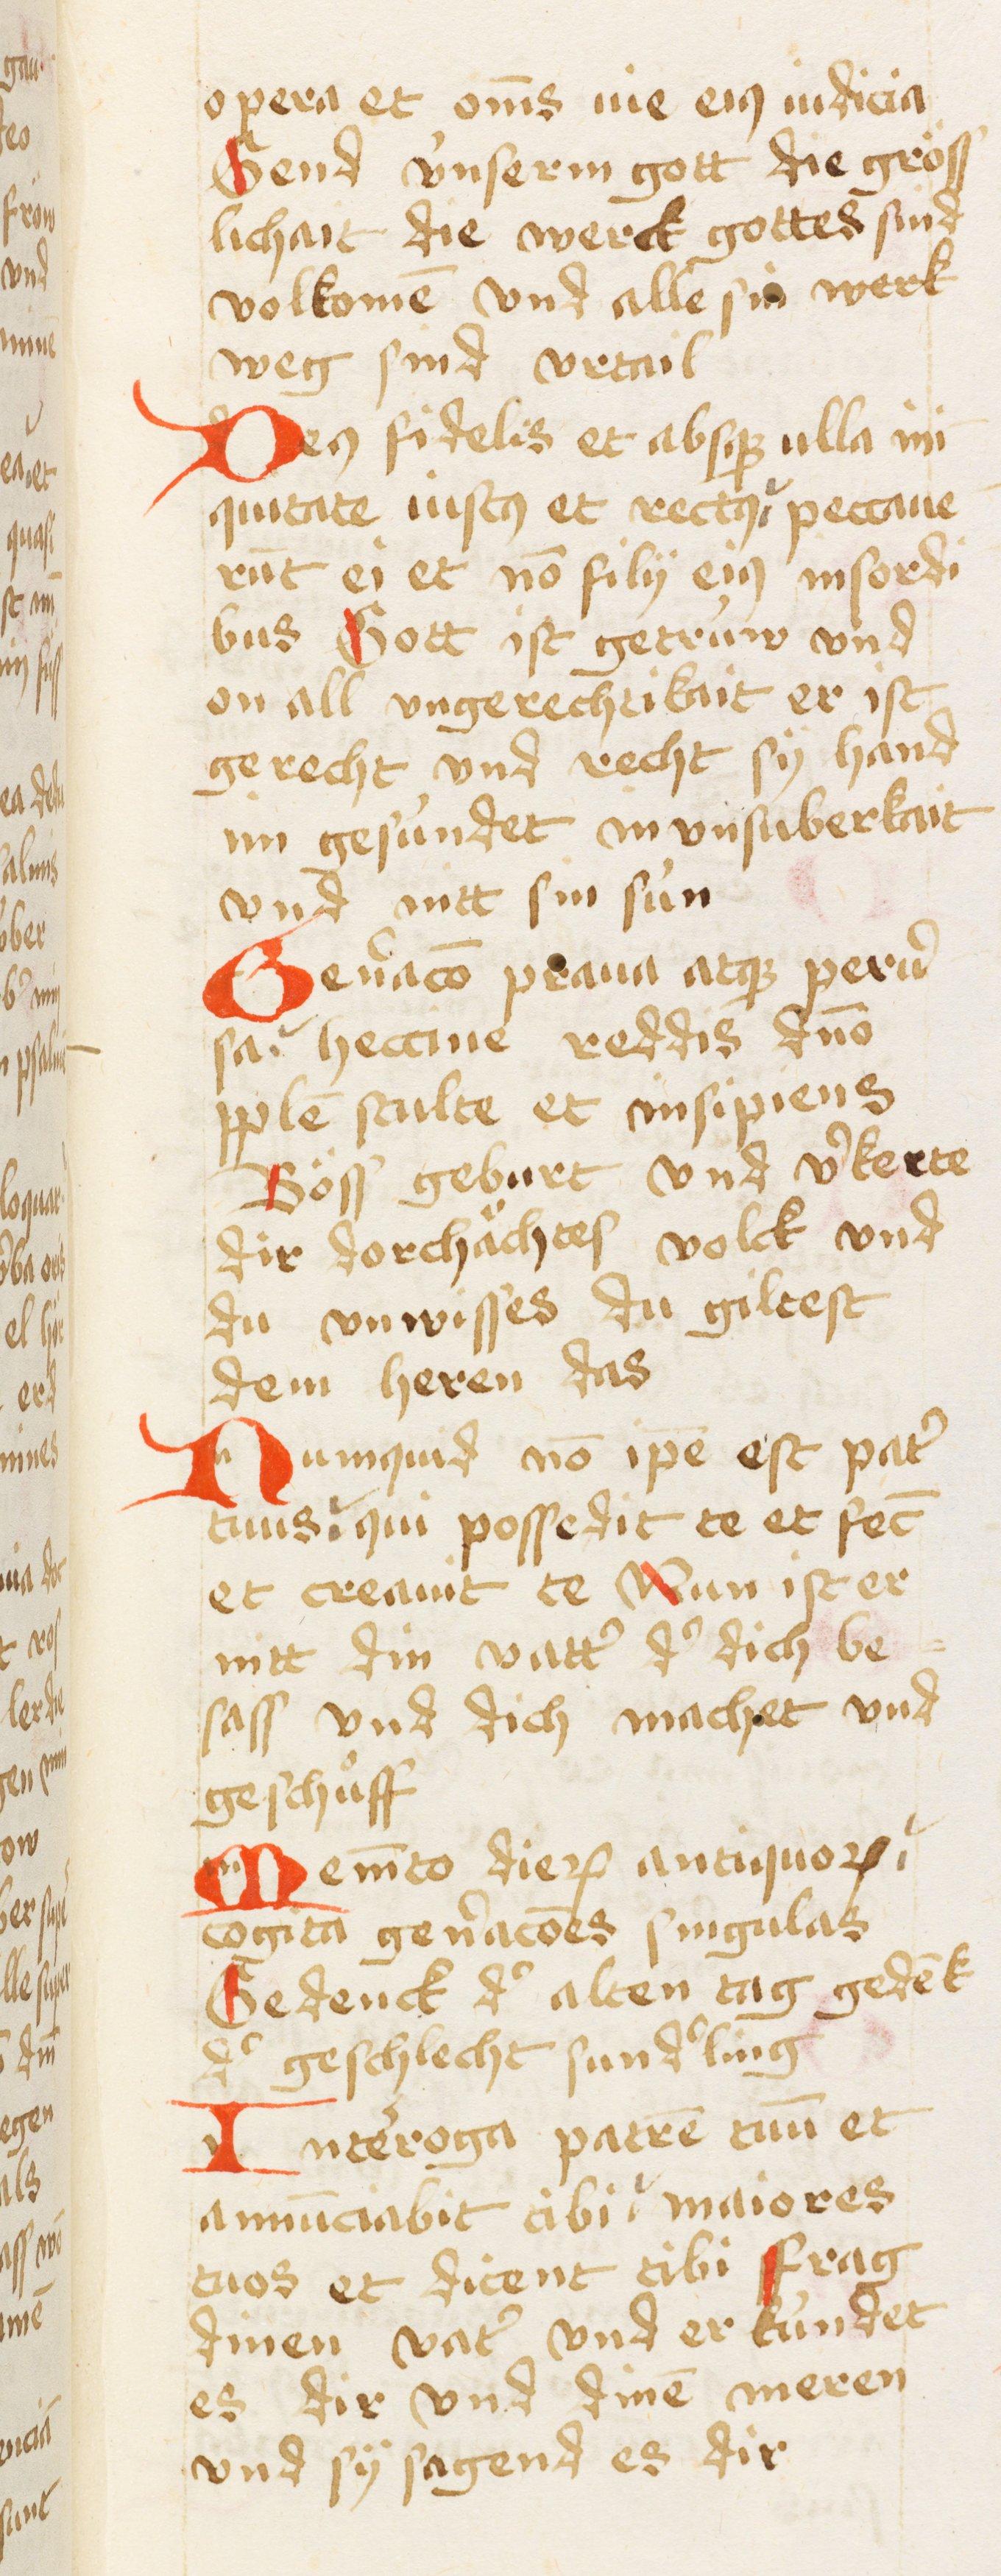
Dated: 1450–1499